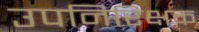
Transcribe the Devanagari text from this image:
उपनिरिक्षक